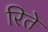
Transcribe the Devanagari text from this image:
रिते